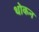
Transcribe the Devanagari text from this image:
थोकन